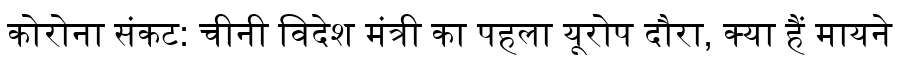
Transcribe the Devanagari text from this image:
कोरोना संकट: चीनी विदेश मंत्री का पहला यूरोप दौरा, क्या हैं मायने